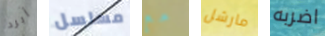
أبرد مسلسل مع مارشل اضربه